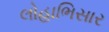
લોહાભિસાર